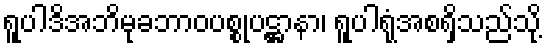
ရူပါဒိအဘိမုခဘာဝပစ္စုပဋ္ဌာနာ၊ ရူပါရုံအစရှိသည်သို့